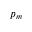
p _ { m }